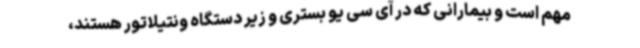
مهم است و بیمارانی که در آی سی یو بستری و زیر دستگاه ونتیلاتور هستند،